Newspaper: New-York tribune. [volume]
Place of publication: New York [N.Y.]
Publisher: New York Tribune
Date: 1895-11-11 00:00:00
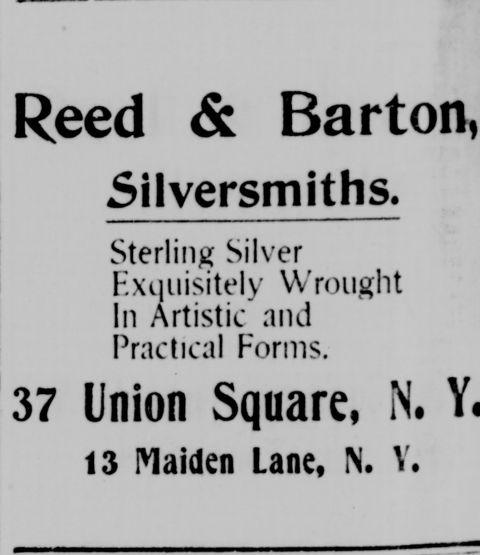
Advertisement text (OCR):
& 5ilversmiths. Sterling Silver Exquisitely Wrought In Artistic nnd Practical Forms. Union Square, N. 13 Maiden Lane, IN. V.
Label: text-only